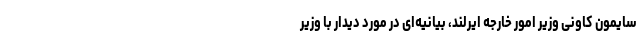
سایمون کاوِنی وزیر امور خارجه ایرلند، بیانیه‌ای در مورد دیدار با وزیر